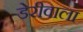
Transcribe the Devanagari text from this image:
डेरीवाला